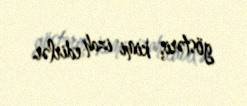
göstəriş kimi izah edirlər.